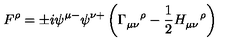
F ^ { \rho } = \pm i \psi ^ { \mu - } \psi ^ { \nu + } \left( \Gamma _ { \mu \nu } ^ { \quad \rho } - \frac { 1 } { 2 } H _ { \mu \nu } ^ { \quad \rho } \right)